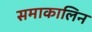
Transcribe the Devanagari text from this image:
समाकालिन